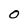
Character: O